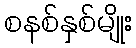
စနစ်နှစ်မျိုး